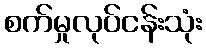
စက်မှုလုပ်ငန်းသုံး